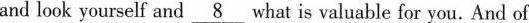
and look yourself and \underline{8} what is valuable for you, And of